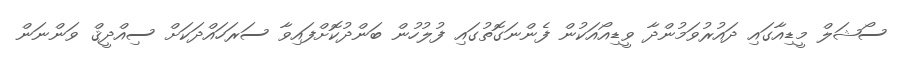
ސޯޝަލް މީޑިއާގައި ދައުރުވަމުންދާ ވީޑިއޯއަކުން ފެންނަގޮތުގައި ފުލުހުން ބަންދުކޮށްފައިވާ ސަރަހައްދަކަށް ސިއްދީޤް ވަންނަން